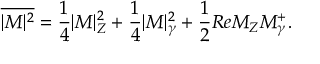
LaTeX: \overline { { { | M | ^ { 2 } } } } = \frac { 1 } { 4 } | M | _ { Z } ^ { 2 } + \frac { 1 } { 4 } | M | _ { \gamma } ^ { 2 } + \frac { 1 } { 2 } R e M _ { Z } M _ { \gamma } ^ { + } .